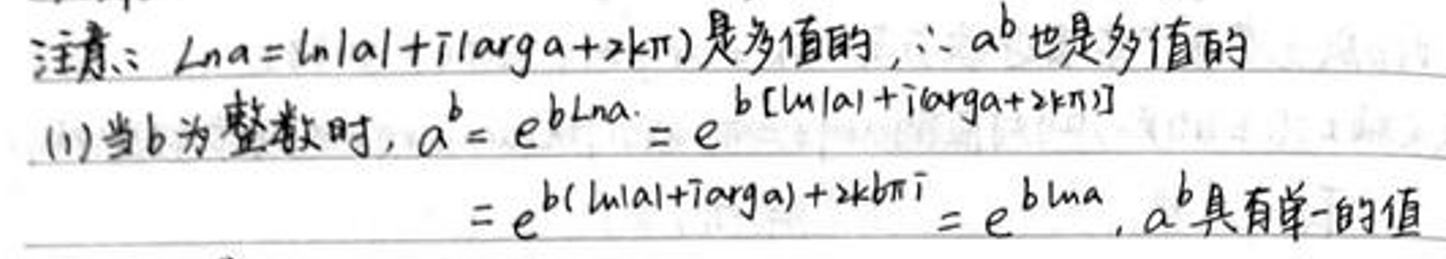
注意：$\mathrm{Ln}a = \ln|a|+i(\mathrm{arg}a + 2k\pi)$是多值的，$\therefore a^{b}$也是多值的
(1)当$b$为整数时，$a^{b}=e^{b\mathrm{Ln}a}=e^{b[\ln|a|+i(\mathrm{arg}a + 2k\pi)]}=e^{b(\ln|a|+i\mathrm{arg}a)+2kb\pi i}=e^{b\ln a}$，$a^{b}$具有单一的值